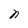
Character: n